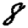
Digit: 8